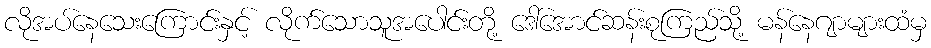
လိုအပ်နေသေးကြောင်းနှင့် လိုက်သောသူအပေါင်းတို့ ဒေါ်အောင်ဆန်းစုကြည်သို့ မန်နေဂျာများထံမှ